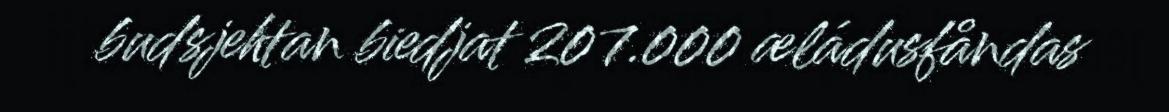
budsjehtan biedjat 207.000 æládusfåndas